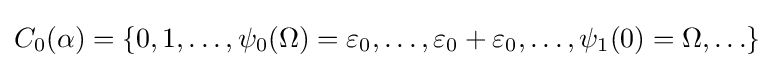
C_{0}(\alpha )=\{0,1,\ldots ,\psi _{0}(\Omega )=\varepsilon _{0},\ldots ,\varepsilon _{0}+\varepsilon _{0},\ldots ,\psi _{1}(0)=\Omega ,\ldots \}